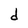
Character: d